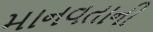
માનવતાની